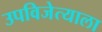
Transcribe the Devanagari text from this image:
उपविजेत्याला